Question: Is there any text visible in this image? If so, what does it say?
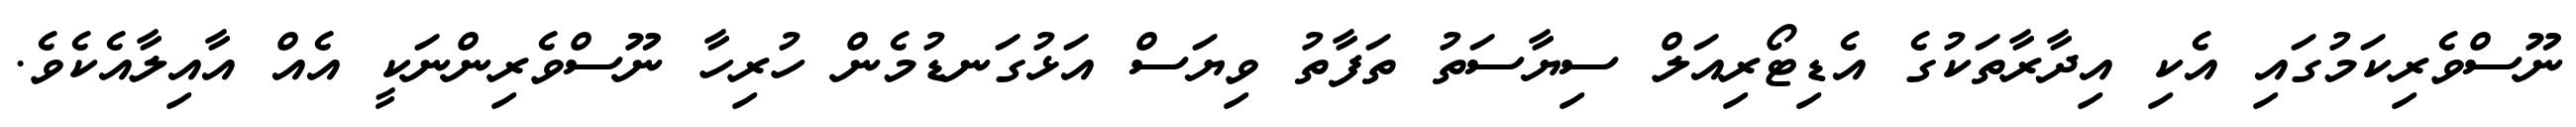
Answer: ނޫސްވެރިކަމުގައި އެކި އިދާރާތަކުގެ އެޑިޓޯރިއަލް ސިޔާސަތު ތަފާތު ވިޔަސް އަޅުގަނޑުމެން ހުރިހާ ނޫސްވެރިންނަކީ އެއް އާއިލާއެކެވެ.